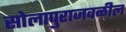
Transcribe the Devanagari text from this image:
सोलापुराजवळील